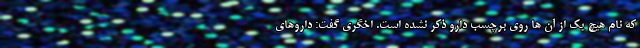
که نام هیچ یک از آن ها روی برچسب دارو ذکر نشده است. اخگری گفت: داروهای